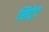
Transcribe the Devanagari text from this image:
सिट्रेट